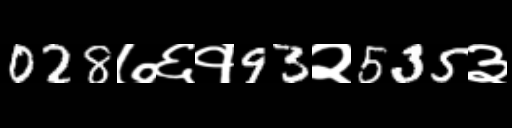
Text: 028७६१93२535३